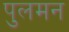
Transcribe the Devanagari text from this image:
पुलमन